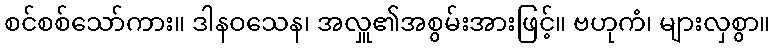
စင်စစ်သော်ကား။ ဒါနဝသေန၊ အလှူ၏အစွမ်းအားဖြင့်။ ဗဟုကံ၊ များလှစွာ။